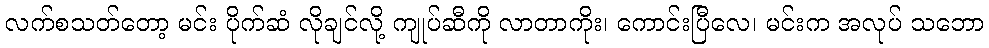
လက်စသတ်တော့ မင်း ပိုက်ဆံ လိုချင်လို့ ကျုပ်ဆီကို လာတာကိုး၊ ကောင်းပြီလေ၊ မင်းက အလုပ် သဘော